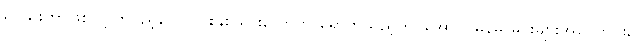
ရှိသေးတာဖြစ်လို့ တပည့်တော် ငါးနှစ်သားလောက် ရောက်သည့်တိုင်အောင် မြန်မာမင်းများအကြောင်း,